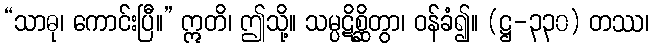
“သာဓု၊ ကောင်းပြီ။” ဣတိ၊ ဤသို့။ သမ္ပဋိစ္ဆိတွာ၊ ဝန်ခံ၍။ (ဋ္ဌ-၃၃၀) တဿ၊